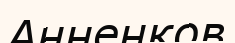
Анненков